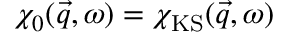
\chi _ { 0 } ( \vec { q } , \omega ) = \chi _ { \mathrm { K S } } ( \vec { q } , \omega )